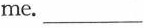
me. ___